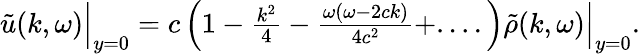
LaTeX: \begin{array}{r}{\tilde{u}(k,\omega)\Big|_{y=0}=c\left(1-\frac{k^{2}}{4}-\frac{\omega(\omega-2ck)}{4c^{2}}+....\right)\tilde{\rho}(k,\omega)\Big|_{y=0}.}\end{array}